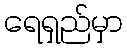
ရေရှည်မှာ